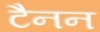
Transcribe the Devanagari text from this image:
टैनन